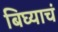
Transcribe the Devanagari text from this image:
बिघ्याचं